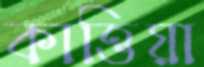
কাত্তিয়া